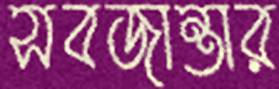
সবজান্তার